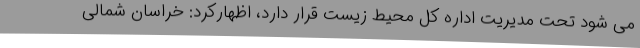
می شود تحت مدیریت اداره کل محیط زیست قرار دارد، اظهارکرد: خراسان شمالی